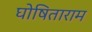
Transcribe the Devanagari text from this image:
घोषिताराम